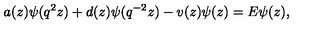
a ( z ) \psi ( q ^ { 2 } z ) + d ( z ) \psi ( q ^ { - 2 } z ) - v ( z ) \psi ( z ) = E \psi ( z ) ,